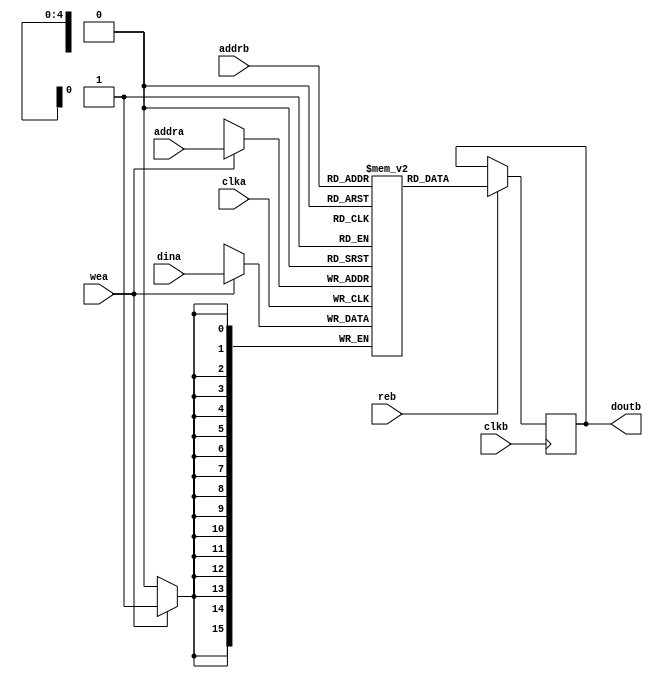
// ***************************************************************************
// ***************************************************************************
// Copyright (C) 2014-2023 Analog Devices, Inc. All rights reserved.
//
// In this HDL repository, there are many different and unique modules, consisting
// of various HDL (Verilog or VHDL) components. The individual modules are
// developed independently, and may be accompanied by separate and unique license
// terms.
//
// The user should read each of these license terms, and understand the
// freedoms and responsibilities that he or she has by using this source/core.
//
// This core is distributed in the hope that it will be useful, but WITHOUT ANY
// WARRANTY; without even the implied warranty of MERCHANTABILITY or FITNESS FOR
// A PARTICULAR PURPOSE.
//
// Redistribution and use of source or resulting binaries, with or without modification
// of this file, are permitted under one of the following two license terms:
//
//   1. The GNU General Public License version 2 as published by the
//      Free Software Foundation, which can be found in the top level directory
//      of this repository (LICENSE_GPL2), and also online at:
//      <https://www.gnu.org/licenses/old-licenses/gpl-2.0.html>
//
// OR
//
//   2. An ADI specific BSD license, which can be found in the top level directory
//      of this repository (LICENSE_ADIBSD), and also on-line at:
//      https://github.com/analogdevicesinc/hdl/blob/main/LICENSE_ADIBSD
//      This will allow to generate bit files and not release the source code,
//      as long as it attaches to an ADI device.
//
// ***************************************************************************
// ***************************************************************************

`timescale 1ns/100ps

module ad_mem #(

  parameter  DATA_WIDTH = 16,
  parameter  ADDRESS_WIDTH = 5
) (
  input                               clka,
  input                               wea,
  input       [(ADDRESS_WIDTH-1):0]   addra,
  input       [(DATA_WIDTH-1):0]      dina,

  input                               clkb,
  input                               reb,
  input       [(ADDRESS_WIDTH-1):0]   addrb,
  output  reg [(DATA_WIDTH-1):0]      doutb
);

  (* ram_style = "block" *)
  reg         [(DATA_WIDTH-1):0]      m_ram[0:((2**ADDRESS_WIDTH)-1)];

  always @(posedge clka) begin
    if (wea == 1'b1) begin
      m_ram[addra] <= dina;
    end
  end

  always @(posedge clkb) begin
    if (reb == 1'b1) begin
      doutb <= m_ram[addrb];
    end
  end

endmodule